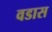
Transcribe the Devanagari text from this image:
वडास